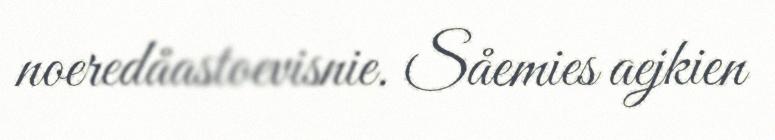
noeredåastoevisnie. Såemies aejkien